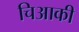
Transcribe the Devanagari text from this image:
चिआकी